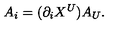
A _ { i } = ( \partial _ { i } X ^ { U } ) A _ { U } .